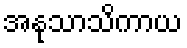
အနုသာသိကာယ